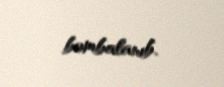
bombalanıb.